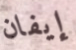
إيفان